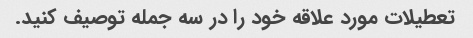
تعطیلات مورد علاقه خود را در سه جمله توصیف کنید.